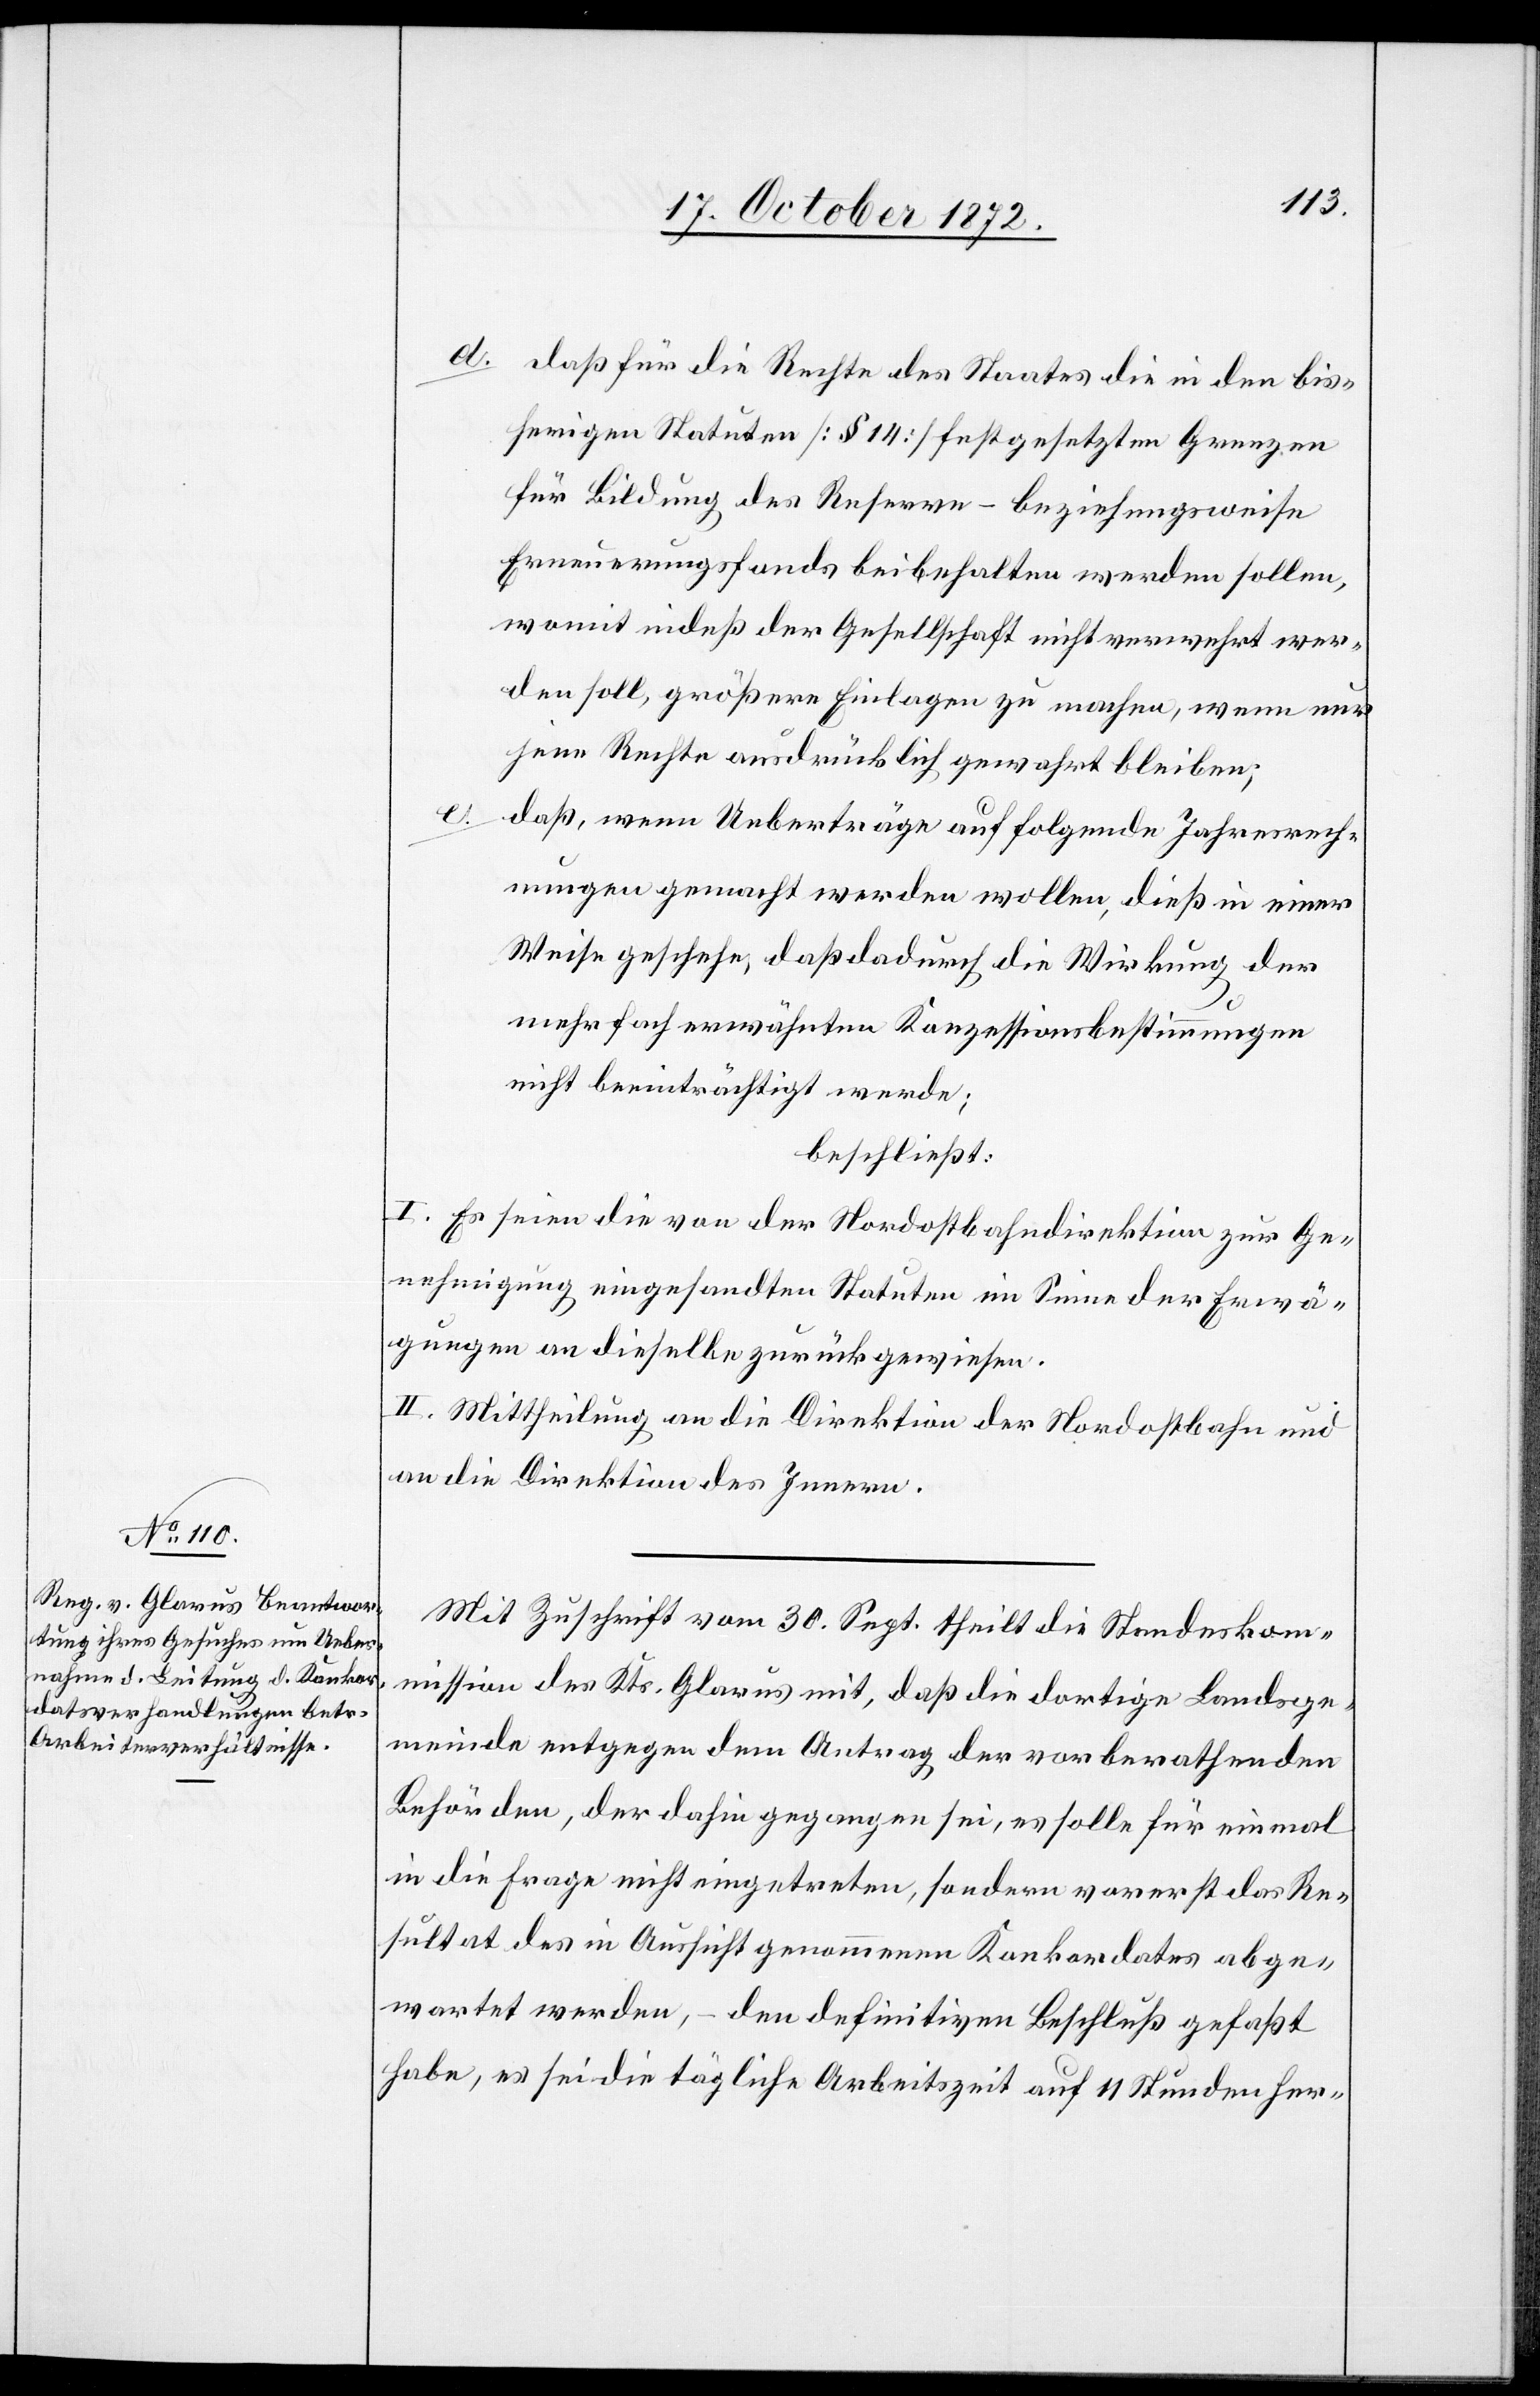
d. daß für die Rechte des Staates die in den bis¬
herigen Statuten [§ 14] festgesetzten Grenzen
für Bildung des Reserve – beziehungsweise
Erneuerungsfonds beibehalten werden sollen,
womit indeß der Gesellschaft nicht verwehrt wer¬
den soll, größere Einlagen zu machen, wenn nur
jene Rechte ausdrücklich gewahrt bleiben;
e.
daß, wenn Ueberträge auf folgende Jahresrech¬
nungen gemacht werden wollen, dieß in einer
Weise geschehe, daß dadurch die Wirkung der
mehrfach erwähnten Konzessionsbestimmungen
nicht beeinträchtigt werde;
beschließt:
I. Es seien die von der Nordostbahndirektion zur Ge¬
nehmigung eingesandten Statuten im Sinne der Erwä¬
gungen an dieselbe zurückgewiesen.
II. Mittheilung an die Direktion der Nordostbahn und
an die Direktion des Innern.
Mit Zuschrift vom 30. Sept. theilt die Standeskom¬
mission des Kts. Glarus mit, daß die dortige Landesge¬
meinde entgegen dem Antrag der vorberathenden
Behörden, der dahin gegangen sei, es solle für einmal
in die Frage nicht eingetreten, sondern vorerst das Re¬
sultat des in Aussicht genommenen Konkordates abge¬
wartet werden, den definitiven Beschluß gefaßt
habe, es sei die tägliche Arbeitszeit auf 11 Stunden her-